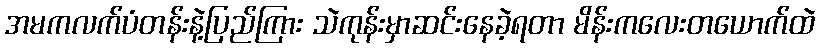
အမကလက်ပံတန်းနဲ့ပြည်ကြား သဲကုန်းမှာဆင်းနေခဲ့ရတာ မိန်းကလေးတယောက်ထဲ